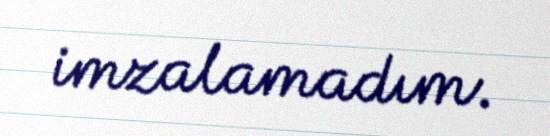
imzalamadım.